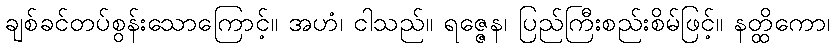
ချစ်ခင်တပ်စွန်းသောကြောင့်။ အဟံ၊ ငါသည်။ ရဇ္ဇေန၊ ပြည်ကြီးစည်းစိမ်ဖြင့်။ နတ္ထိကော၊